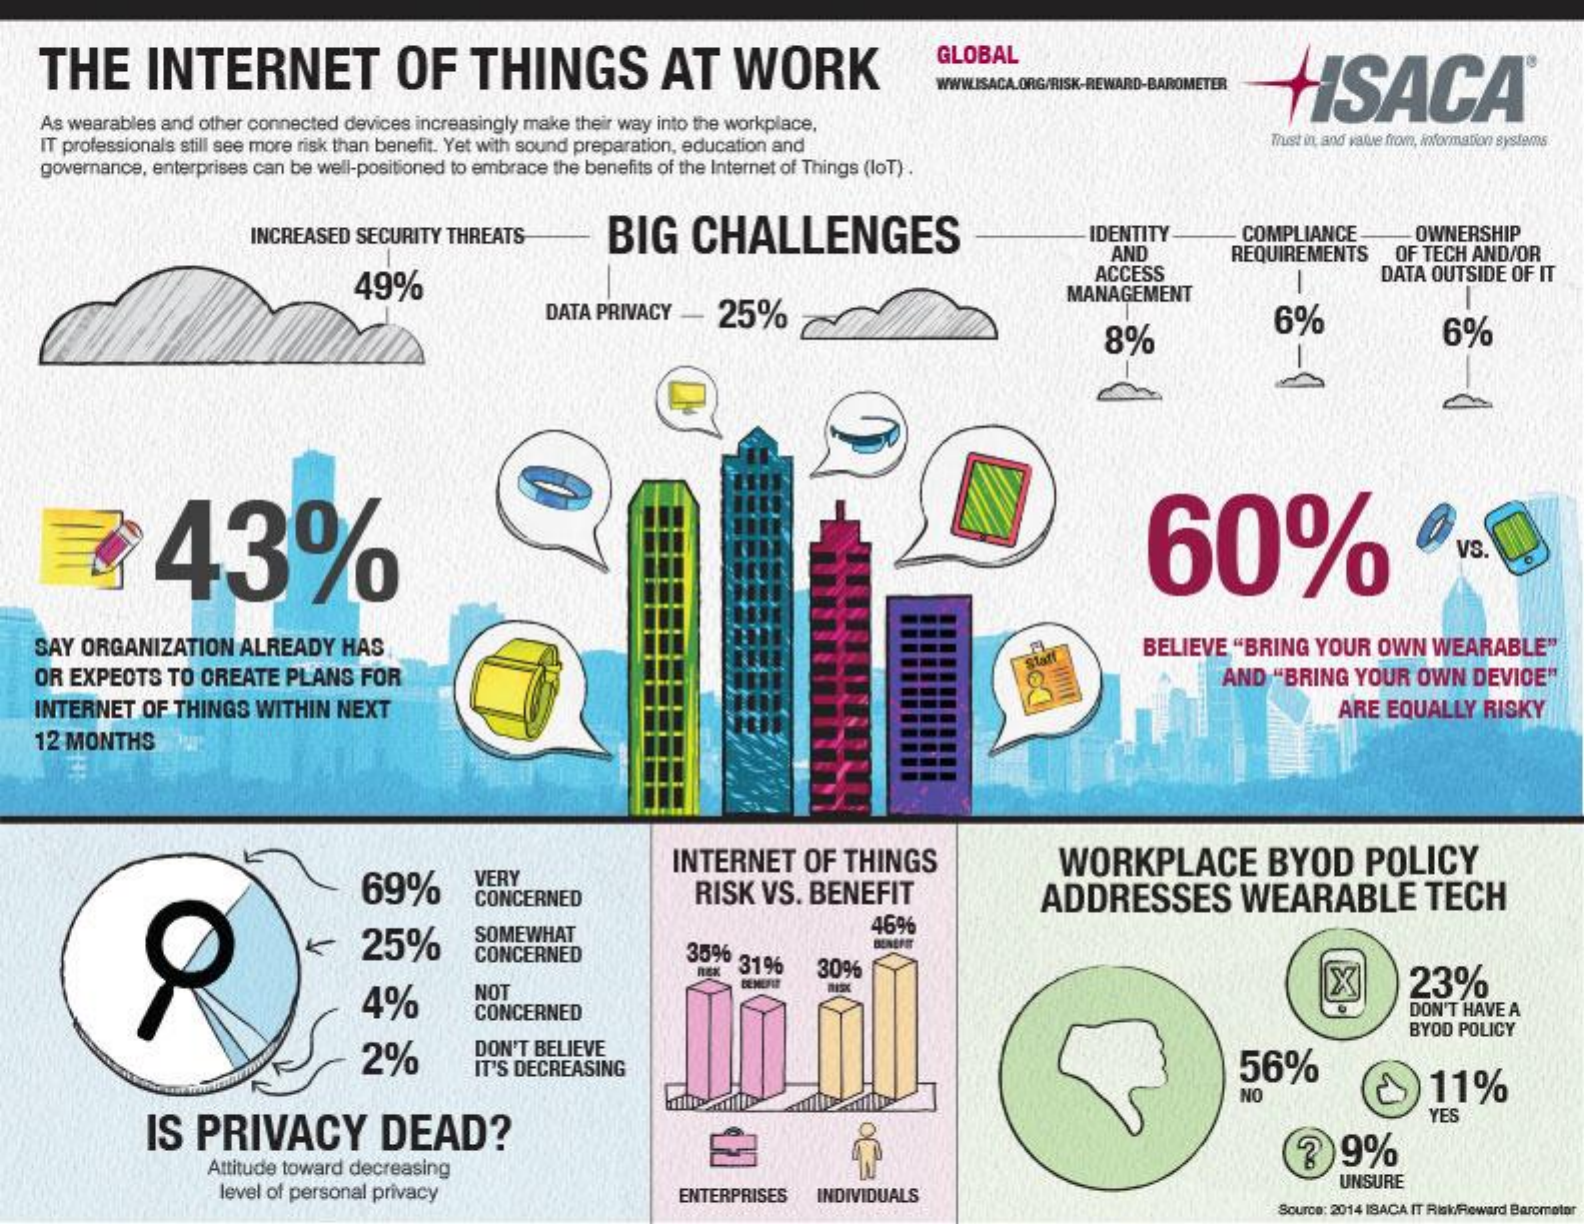
THE    INTERNET    OF    THINGS    AT   WORK
     GLOBAL
     HISACA®
    As wearables and other connected devices increasingly make their way into the workplace.
   IT professionals still see more risk than benefit. Yet with sound preparation, education and    Trust in, and value from, information systems
    governance, enterprises can be well-positioned to embrace the benefits of the Internet of Things (loT) .
     INCREASED SECURITY THREATS  BIG   CHALLENGES    IDENTITY   COMPLIANCE
     AND    REQUIREMENTS
     OWNERSHIP
     OF TECH AND/OR
     49%
     ACCESS    DATA OUTSIDE OF IT
     DATA PRIVACY - 25%
     MANAGEMENT
     8%
     6%    6%
     43%    60%    VS.
   SAY ORGANIZATION ALREADY HAS    BELIEVE "BRING YOUR OWN WEARABLE"
   OR EXPECTS TO CREATE PLANS FOR    AND "BRING YOUR OWN DEVICE"
   INTERNET OF THINGS WITHIN NEXT    ARE EQUALLY RISKY
   12 MONTHS
     69%
     INTERNET  OF THINGS    WORKPLACE    BYOD    POLICY
     VERY
     CONCERNED    RISK VS. BENEFIT    ADDRESSES    WEARABLE    TECH
     <    25%    SOMEWHAT    46%
     CONCERNED    35% g 31% 309%
     4%
     NOT    X    23%
     CONCERNED    DON'T HAVE A
     DON'T BELIEVE
     BYOD POLICY
     2%    IT'S DECREASING    56%
     NO    11%
     IS PRIVACY    DEAD?
     YES
     9%
     Attitude toward decreasing
     level of personal privacy    ENTERPRISES INDIVIDUALS
     UNSURE
     Source: 2014 ISACA IT Ris